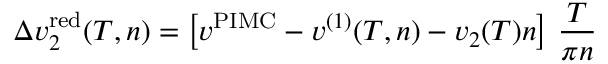
\Delta v _ { 2 } ^ { \mathrm { r e d } } ( T , n ) = \left[ v ^ { \mathrm { P I M C } } - v ^ { ( 1 ) } ( T , n ) - v _ { 2 } ( T ) n \right] \, \frac { T } { \pi n }